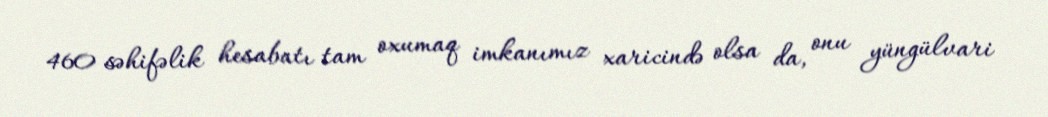
460 səhifəlik hesabatı tam oxumaq imkanımız xaricində olsa da, onu yüngülvari